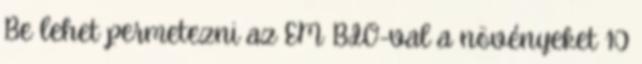
Be lehet permetezni az EM BIO-val a növényeket 10